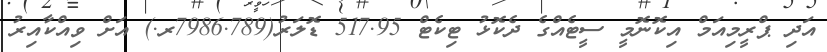
އަދި ޕްރީމިއަމް އިކޮނޮމީ ސީޓެއްގެ ދެކޮޅު ޓިކެޓް 517.95 ޑޮލަރު(7986.789ރ.) އަށް ވިއްކާއިރު